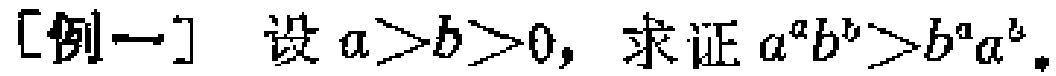
[例一] 设 \(a > b > 0\)，求证 \(a^{a}b^{b}>b^{a}a^{b}\)。